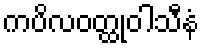
ကပိလဝတ္ထုဝါသီနံ